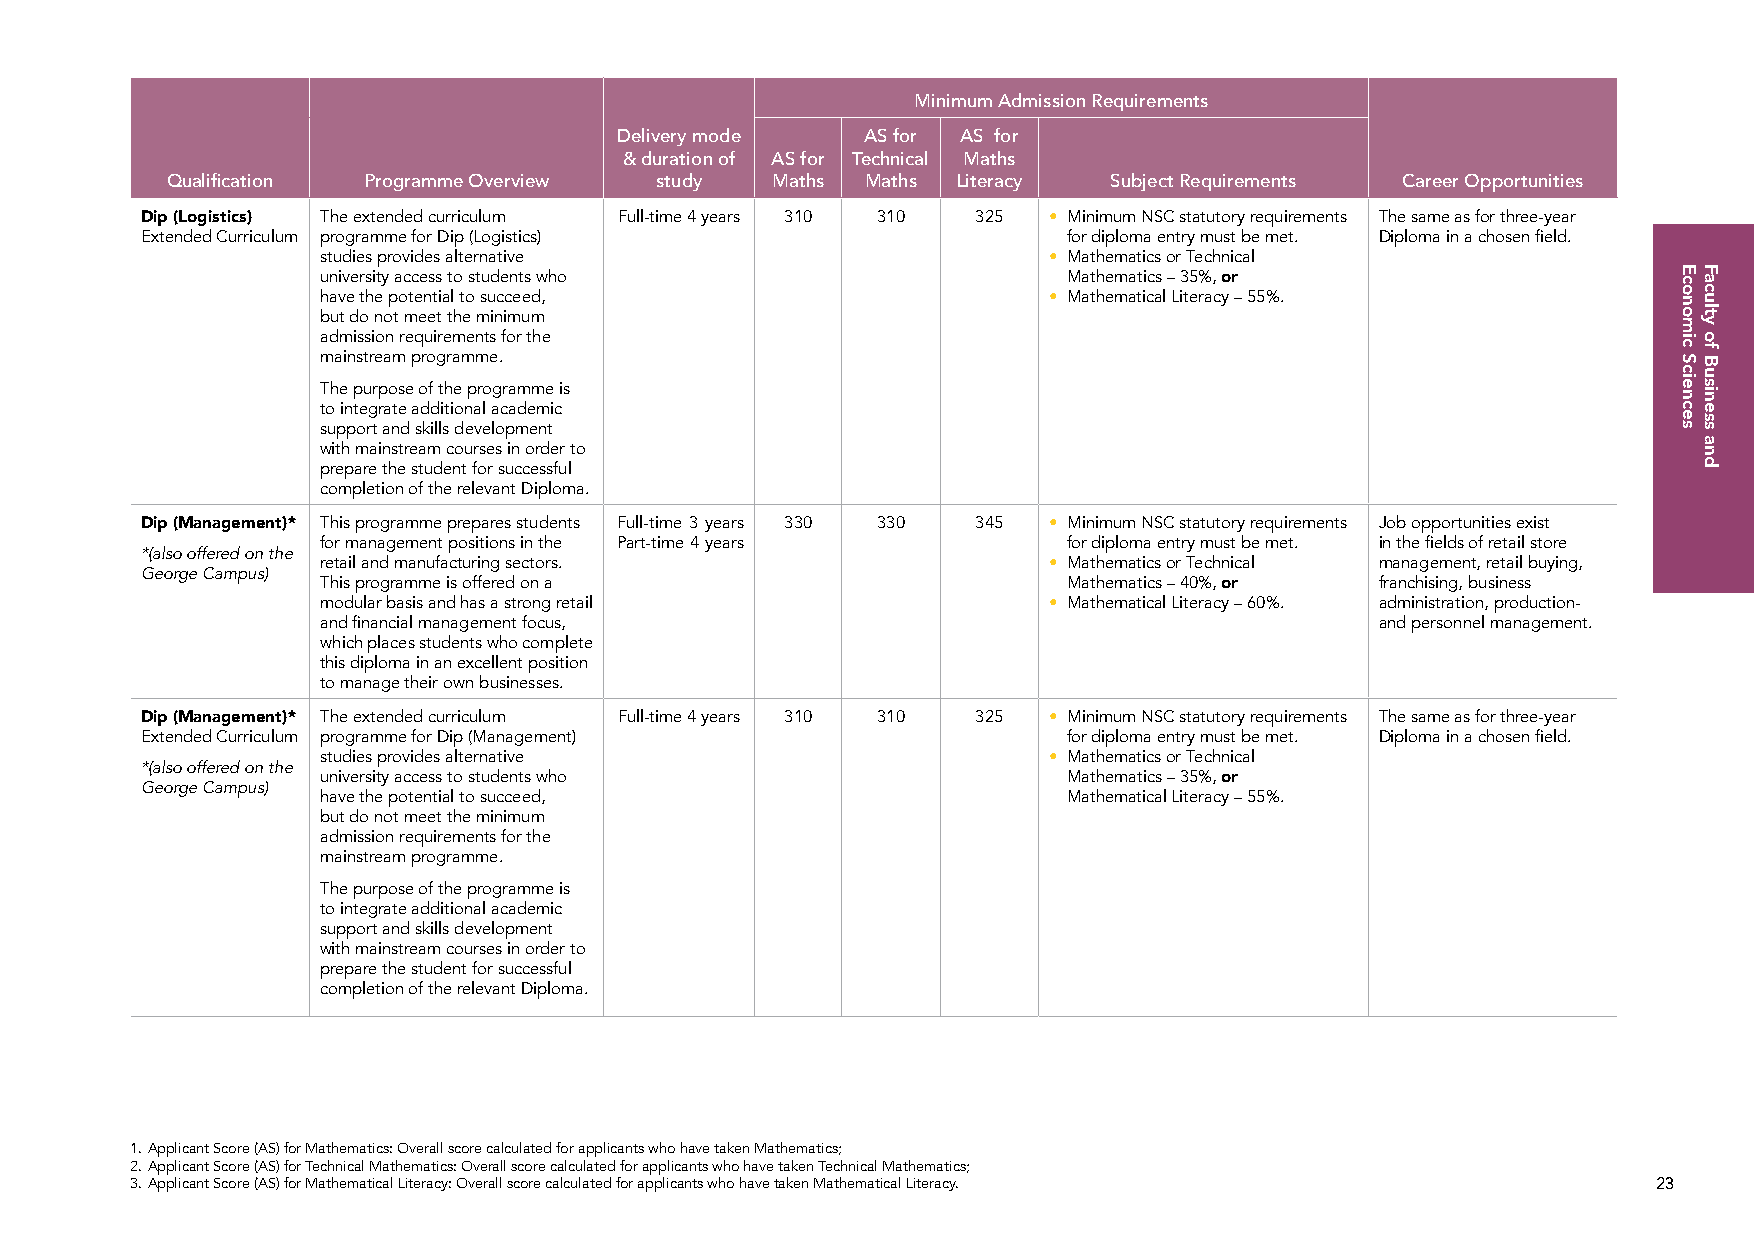
Minimum Admission Requirements
 Delivery mode   AS for AS for
 & duration of AS for Technical Maths
 Qualification Programme Overview study  Maths Maths Literacy   Subject Requirements Career Opportunities
 Dip (Logistics) The extended curriculum Full-time 4 years 310 310 325 • Minimum NSC statutory requirements The same as for three-year
 Extended Curriculum programme for Dip (Logistics)             for diploma entry must be met. Diploma in a chosen field.
 studies provides alternative                    • Mathematics or Technical
 university access to students who                 Mathematics – 35%, or
 have the potential to succeed,                  • Mathematical Literacy – 55%.
 but do not meet the minimum
 admission requirements for the
 mainstream programme.
 The purpose of the programme is
 to integrate additional academic
 support and skills development
 with mainstream courses in order to
 prepare the student for successful
 completion of the relevant Diploma.
 Dip (Management)* This programme prepares students Full-time 3 years 330 330 345 • Minimum NSC statutory requirements Job opportunities exist
 for management positions in the Part-time 4 years for diploma entry must be met. in the fields of retail store
 *(also offered on the
 retail and manufacturing sectors.               • Mathematics or Technical management, retail buying,
 George Campus)
 This programme is offered on a                    Mathematics – 40%, or franchising, business
 modular basis and has a strong retail           • Mathematical Literacy – 60%. administration, production-
 and financial management focus,                                       and personnel management.
 which places students who complete
 this diploma in an excellent position
 to manage their own businesses.
 Dip (Management)* The extended curriculum Full-time 4 years 310 310 325 • Minimum NSC statutory requirements The same as for three-year
 Extended Curriculum programme for Dip (Management)            for diploma entry must be met. Diploma in a chosen field.
 studies provides alternative                    • Mathematics or Technical
 *(also offered on the
 university access to students who                 Mathematics – 35%, or
 George Campus)
 have the potential to succeed,                    Mathematical Literacy – 55%.
 but do not meet the minimum
 admission requirements for the
 mainstream programme.
 The purpose of the programme is
 to integrate additional academic
 support and skills development
 with mainstream courses in order to
 prepare the student for successful
 completion of the relevant Diploma.
 1. Applicant Score (AS) for Mathematics: Overall score calculated for applicants who have taken Mathematics;
 2. Applicant Score (AS) for Technical Mathematics: Overall score calculated for applicants who have taken Technical Mathematics;
 3. Applicant Score (AS) for Mathematical Literacy: Overall score calculated for applicants who have taken Mathematical Literacy. 23
 Economic
 Sciences
 Faculty
 of
 Business
 and